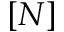
[ N ]